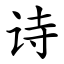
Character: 诗